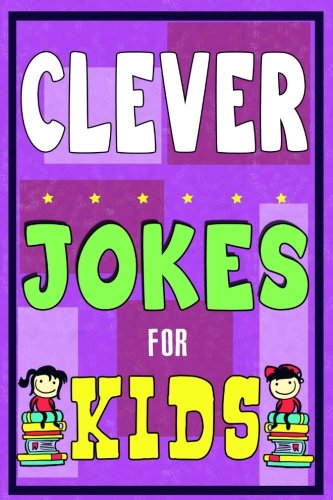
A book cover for Clever Jokes For Kids Book: The Most Brilliant Collection of Brainy Jokes for Kids. Hilarious and Cunning Joke Book for Early and Beginner Readers. ... (Intelligent Funny Jokes for Kids Book); Mike Ferris; Children's Books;